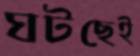
ঘটছেই